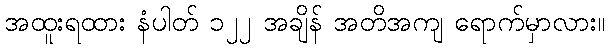
အထူးရထား နံပါတ် ၁၂၂ အချိန် အတိအကျ ရောက်မှာလား။